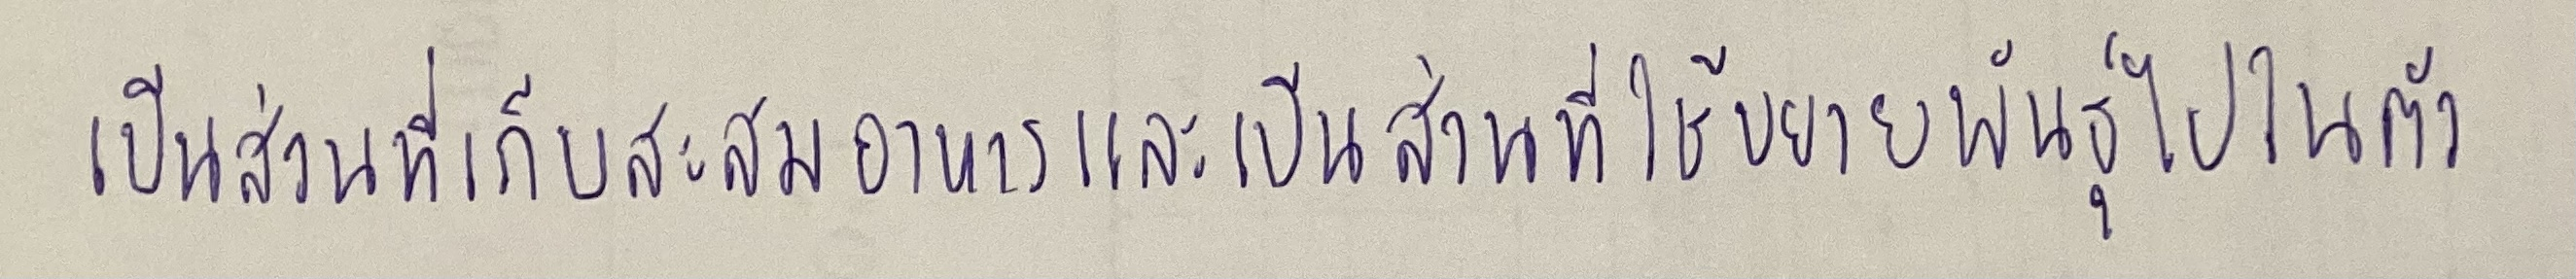
เป็นส่วนที่เก็บสะสมอาหารและเป็นส่วนที่ใช้ขยายพันธุ์ไปในตัว